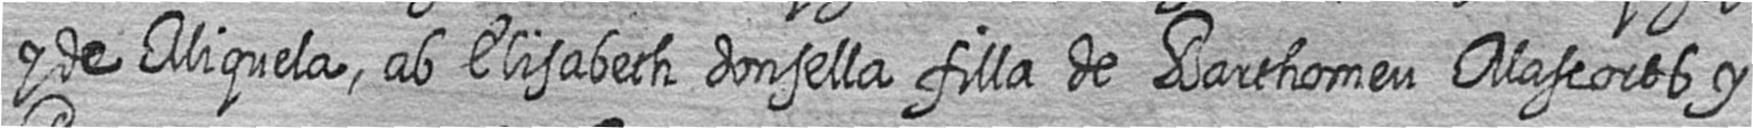
y de Miquela ab Elisabeth donsella filla de Barthomeu Mascorts y